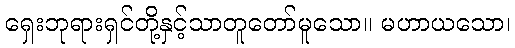
ရှေးဘုရားရှင်တို့နှင့်သာတူတော်မူသော။ မဟာယသော၊